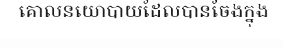
គោលនយោបាយដែលបានចែងក្នុង